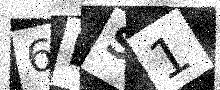
Text: 6ES1